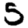
Digit: 5